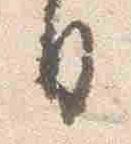
日